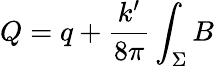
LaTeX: Q=q+\frac{k^{\prime}}{8\pi}\int_{\Sigma}B